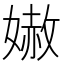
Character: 𡠬